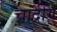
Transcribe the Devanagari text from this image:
चांद्रीय